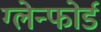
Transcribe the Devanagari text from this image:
ग्लेन्फोर्ड